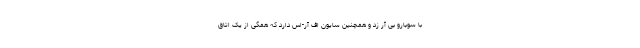
با سوبارو بی آر زد و همچنین سایون اف آر-اس دارد که همگی از یک اتاق